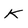
Character: K